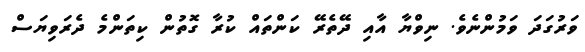
ވަރުގަދަ ވަމުންނެވެ. ނިވްޔާ އާއި ދޭތެރޭ ކަންތައް ކުރާ ގޮތުން ކިތަންމެ ދެރަވިޔަސް